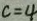
c = 4